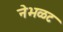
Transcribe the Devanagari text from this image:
नेभळट